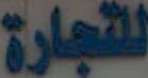
للتجارة